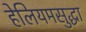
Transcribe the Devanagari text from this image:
हेलियमसुद्धा